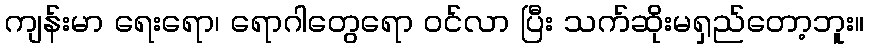
ကျန်းမာ ရေးရော၊ ရောဂါတွေရော ဝင်လာ ပြီး သက်ဆိုးမရှည်တော့ဘူး။